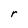
Character: r